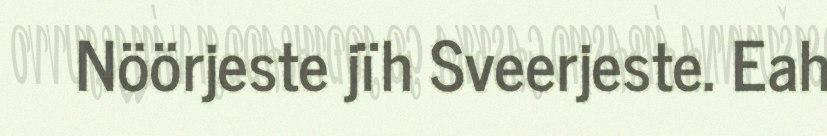
Nöörjeste jïh Sveerjeste. Eah